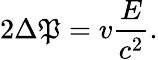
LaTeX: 2\Delta\mathfrak{P}=v{\frac{{E}}{{c^{2}}}}.